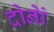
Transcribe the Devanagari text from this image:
दोनेां